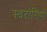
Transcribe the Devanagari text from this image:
स्वरांगिणी